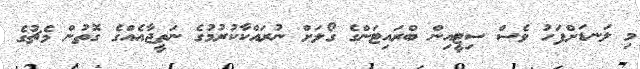
މި ލަނޑަށްފަހު ވެސް ސިޓީއިން ބްރައިޓަންގެ ގޯލަށް ނުރައްކާކުރުމުގެ ނަތީޖާއެއްގެ ގޮތުން މެޗުގެ